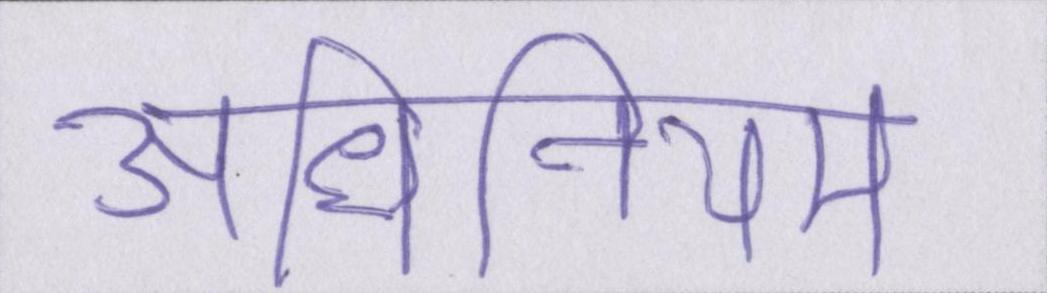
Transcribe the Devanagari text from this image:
अधिनियम